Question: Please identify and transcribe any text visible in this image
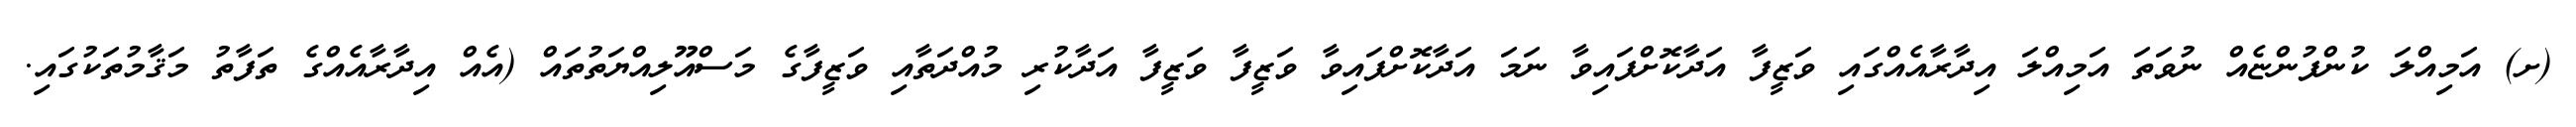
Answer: (ށ) އަމިއްލަ ކުންފުންޏެއް ނުވަތަ އަމިއްލަ އިދާރާއެއްގައި ވަޒީފާ އަދާކޮށްފައިވާ ނަމަ އަދާކޮށްފައިވާ ވަޒީފާ ވަޒީފާ އަދާކުރި މުއްދަތާއި ވަޒީފާގެ މަސްއޫލިއްޔަތުތައް (އެއް އިދާރާއެއްގެ ތަފާތު މަޤާމުތަކުގައި.